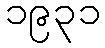
၁၉၃၁